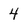
Character: 4